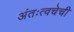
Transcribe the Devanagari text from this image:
अंतःत्वचेची